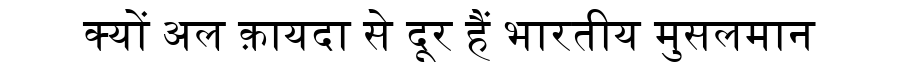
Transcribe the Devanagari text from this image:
क्यों अल क़ायदा से दूर हैं भारतीय मुसलमान